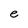
Character: e